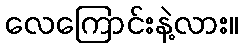
လေကြောင်းနဲ့လား။